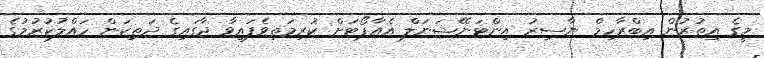
މީގެ އިތުރުން އިބްރާހިމް ނާސިރު އިންޓަނޭޝަނަލް އެއާޕޯޓަށް ކުރިމަތިވެފައިވާ ޖާގައިގެ ދަތިކަން ހައްލުކުރުމުގެ